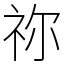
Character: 祢